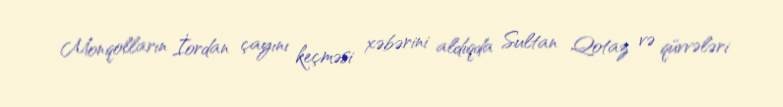
Monqolların İordan çayını keçməsi xəbərini aldıqda Sultan Qotaz və qüvvələri